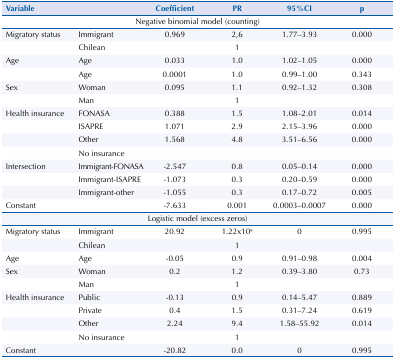
| Variable |  | Coefficient | PR | 95%CI | p |
 | --- | --- | --- | --- | --- | --- |
 | <COLSPAN=6> Negative binomial model (counting) |
 | Migratory status | Immigrant | 0.969 | 2,6 | 1.77–3.93 | 0.000 |
 |  | Chilean |  | 1 |  |  |
 | Age | Age | 0.033 | 1.0 | 1.02–1.05 | 0.000 |
 |  | Age | 0.0001 | 1.0 | 0.99–1.00 | 0.343 |
 | Sex | Woman | 0.095 | 1.1 | 0.92–1.32 | 0.308 |
 |  | Man |  | 1 |  |  |
 | Health insurance | FONASA | 0.388 | 1.5 | 1.08–2.01 | 0.014 |
 |  | ISAPRE | 1.071 | 2.9 | 2.15–3.96 | 0.000 |
 |  | Other | 1.568 | 4.8 | 3.51–6.56 | 0.000 |
 |  | No insurance |  |  |  |  |
 | Intersection | Immigrant-FONASA | -2.547 | 0.8 | 0.05–0.14 | 0.000 |
 |  | Immigrant-ISAPRE | -1.073 | 0.3 | 0.20–0.59 | 0.000 |
 |  | Immigrant-other | -1.055 | 0.3 | 0.17–0.72 | 0.005 |
 | Constant |  | -7.633 | 0.001 | 0.0003–0.0007 | 0.000 |
 | <COLSPAN=6> Logistic model (excess zeros) |
 | Migratory status | Immigrant | 20.92 | 1.22x109 | 0 | 0.995 |
 |  | Chilean |  | 1 |  |  |
 | Age | Age | -0.05 | 0.9 | 0.91–0.98 | 0.004 |
 | Sex | Woman | 0.2 | 1.2 | 0.39–3.80 | 0.73 |
 |  | Man |  | 1 |  |  |
 | Health insurance | Public | -0.13 | 0.9 | 0.14–5.47 | 0.889 |
 |  | Private | 0.4 | 1.5 | 0.31–7.24 | 0.619 |
 |  | Other | 2.24 | 9.4 | 1.58–55.92 | 0.014 |
 |  | No insurance |  | 1 |  |  |
 | Constant |  | -20.82 | 0.0 | 0 | 0.995 |